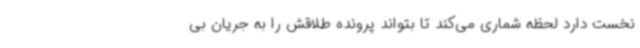
نخست دارد لحظه شماری می‌کند تا بتواند پرونده طلاقش را به جریان بی